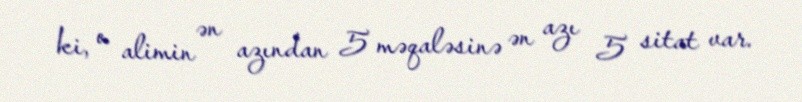
ki, o alimin ən azından 5 məqaləsinə ən azı 5 sitat var.